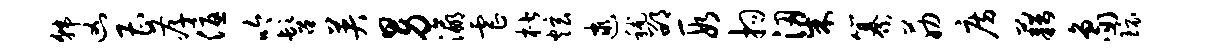
韩凶曹孝优吟髫英男瀛虐楷炫逮秫邵段拘梁纂筋房藉象环